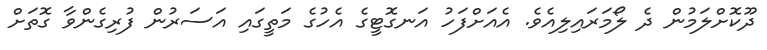
ދޫކޮށްލަމުން ދެ ލޯމަރައިލިއެވެ. އެއަށްފަހު އަނގޮޓީގެ އެހުގެ މަތީގައި އަސަރުން ފުރިގެންވާ ގޮތަށް